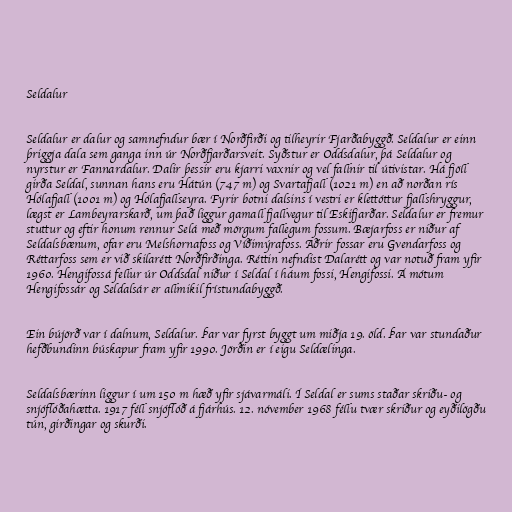
Seldalur

Seldalur er dalur og samnefndur bær í Norðfirði og tilheyrir Fjarðabyggð. Seldalur er einn
þriggja dala sem ganga inn úr Norðfjarðarsveit. Syðstur er Oddsdalur, þá Seldalur og
nyrstur er Fannardalur. Dalir þessir eru kjarri vaxnir og vel fallnir til útivistar. Há fjöll
girða Seldal, sunnan hans eru Hátún (747 m) og Svartafjall (1021 m) en að norðan rís
Hólafjall (1001 m) og Hólafjallseyra. Fyrir botni dalsins í vestri er klettóttur fjallshryggur,
lægst er Lambeyrarskarð, um það liggur gamall fjallvegur til Eskifjarðar. Seldalur er fremur
stuttur og eftir honum rennur Selá með mörgum fallegum fossum. Bæjarfoss er niður af
Seldalsbænum, ofar eru Melshornafoss og Víðimýrafoss. Aðrir fossar eru Gvendarfoss og
Réttarfoss sem er við skilarétt Norðfirðinga. Réttin nefndist Dalarétt og var notuð fram yfir
1960. Hengifossá fellur úr Oddsdal niður í Seldal í háum fossi, Hengifossi. Á mótum
Hengifossár og Seldalsár er allmikil frístundabyggð.

Ein bújörð var í dalnum, Seldalur. Þar var fyrst byggt um miðja 19. öld. Þar var stundaður
hefðbundinn búskapur fram yfir 1990. Jörðin er í eigu Seldælinga.

Seldalsbærinn liggur í um 150 m hæð yfir sjávarmáli. Í Seldal er sums staðar skriðu- og
snjóflóðahætta. 1917 féll snjóflóð á fjárhús. 12. nóvember 1968 féllu tvær skriður og eyðilögðu
tún, girðingar og skurði.